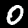
Label: 0